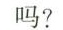
吗?